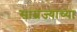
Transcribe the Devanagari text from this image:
साम्रज्याच्या